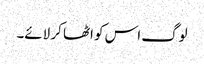
لوگ اس کو اٹھا کر لائے۔